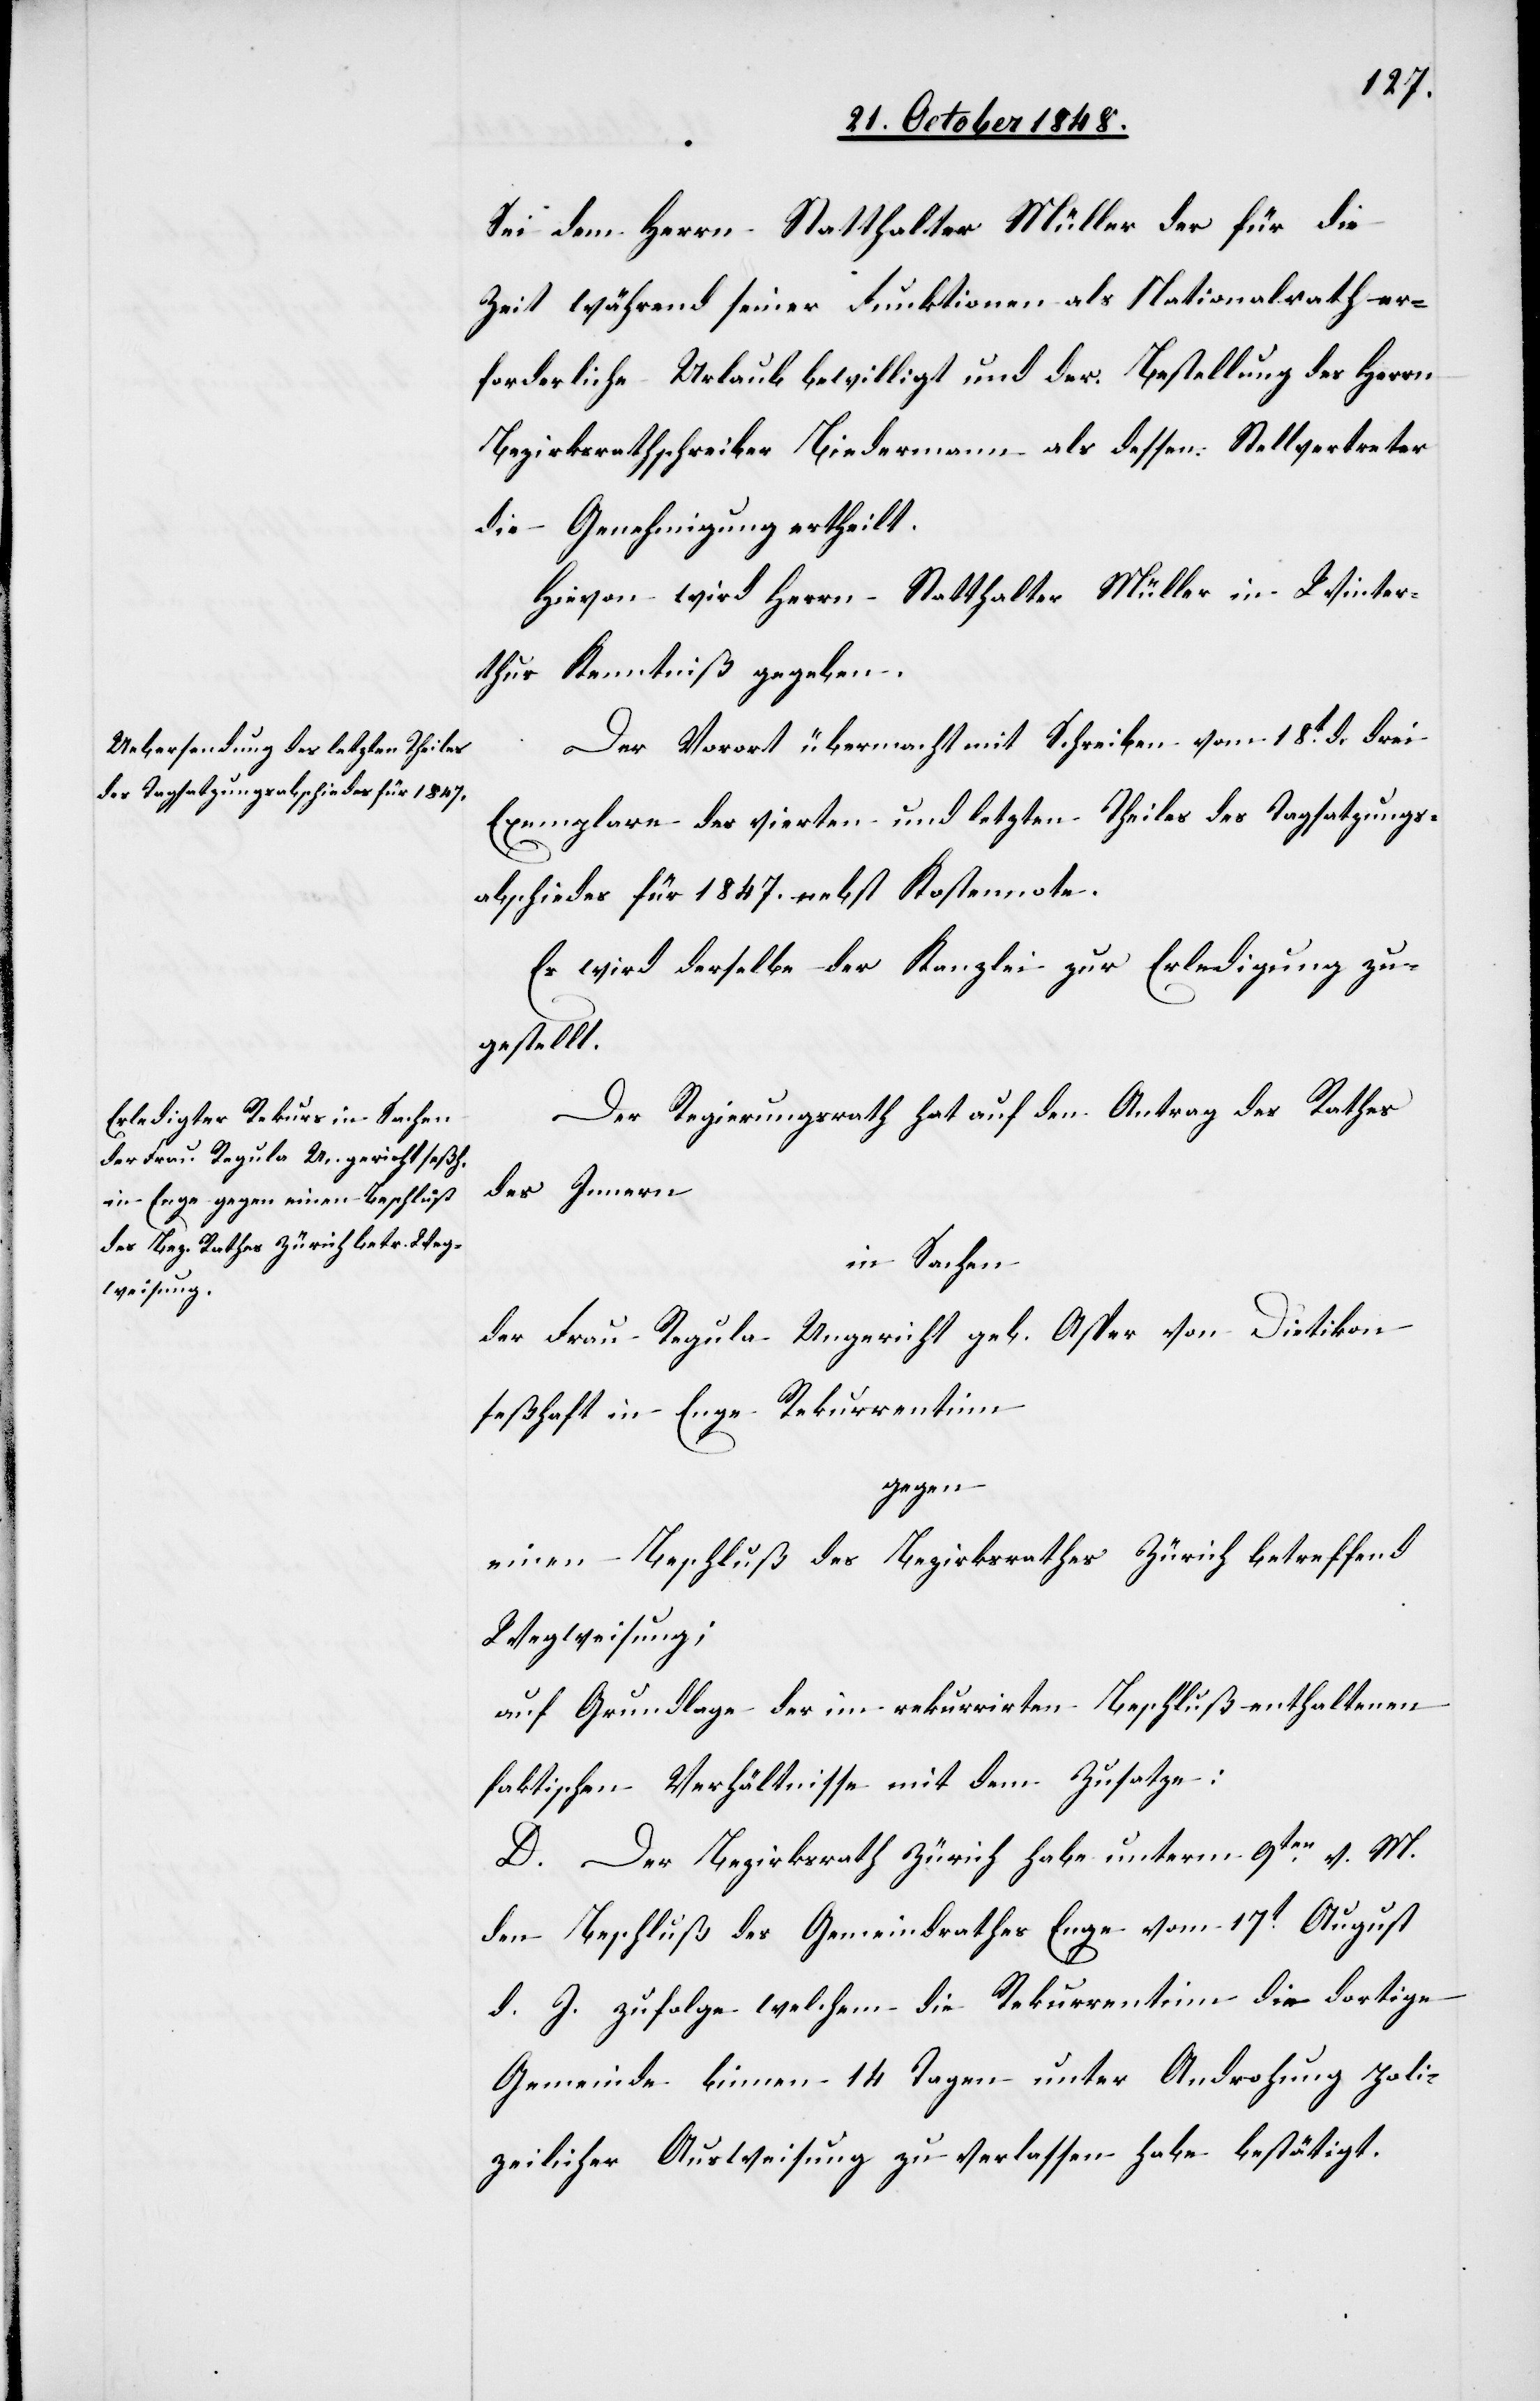
Sei dem Herrn Statthalter Müller der für die
Zeit während seiner Funktionen als Nationalrath er¬
forderliche Urlaub bewilligt und der Bestellung des Herrn
Bezirksrathschreiber Biedermann als dessen Stellvertreter
die Genehmigung ertheilt.
Hievon wird Herrn Statthalter Müller in Winter¬
thur Kenntniß gegeben.
Der Vorort übermacht mit Schreiben vom 18t d. drei
Exemplare des vierten und letzten Theiles des Tagsatzungs¬
abschiedes für 1847. nebst Kostennote.
Es wird derselbe der Kanzlei zur Erledigung zu¬
gestellt.
Der Regierungsrath hat auf den Antrag des Rathes
des Innern
in Sachen
der Frau Regula Ungericht geb. Aster von Dietikon
seßhaft in Enge Rekurrentinn
gegen
einen Beschluß des Bezirksrathes Zürich betreffend
Wegweisung;
auf Grundlage der im rekurrirten Beschluß enthaltenen
faktischen Verhältnisse mit dem Zusatze:
D. Der Bezirksrath Zürich habe unterm 9ten v. M.
den Beschluß des Gemeindrathes Enge vom 17t August
d. J. zufolge welchem die Rekurrentinn die dortige
Gemeinde binnen 14. Tagen unter Androhung poli¬
zeilicher Ausweisung zu verlassen habe bestätigt.